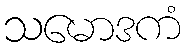
သမောဒကံ